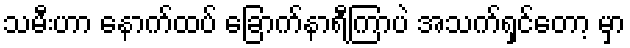
သမီးဟာ နောက်ထပ် ခြောက်နာရီကြာပဲ အသက်ရှင်တော့ မှာ